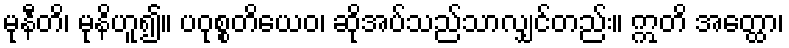
မုနီတိ၊ မုနိဟူ၍။ ပဝုစ္စတိယေဝ၊ ဆိုအပ်သည်သာလျှင်တည်း။ ဣတိ အတ္ထော၊